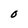
Character: O